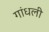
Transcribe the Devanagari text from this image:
गांधली